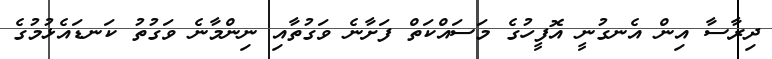
ދިރާސާ އިން އެނގުނީ އޮފީހުގެ މަސައްކަތް ފަށާނެ ވަގުތާއި ނިންމާނެ ވަގުތު ކަނޑައެޅުމުގެ